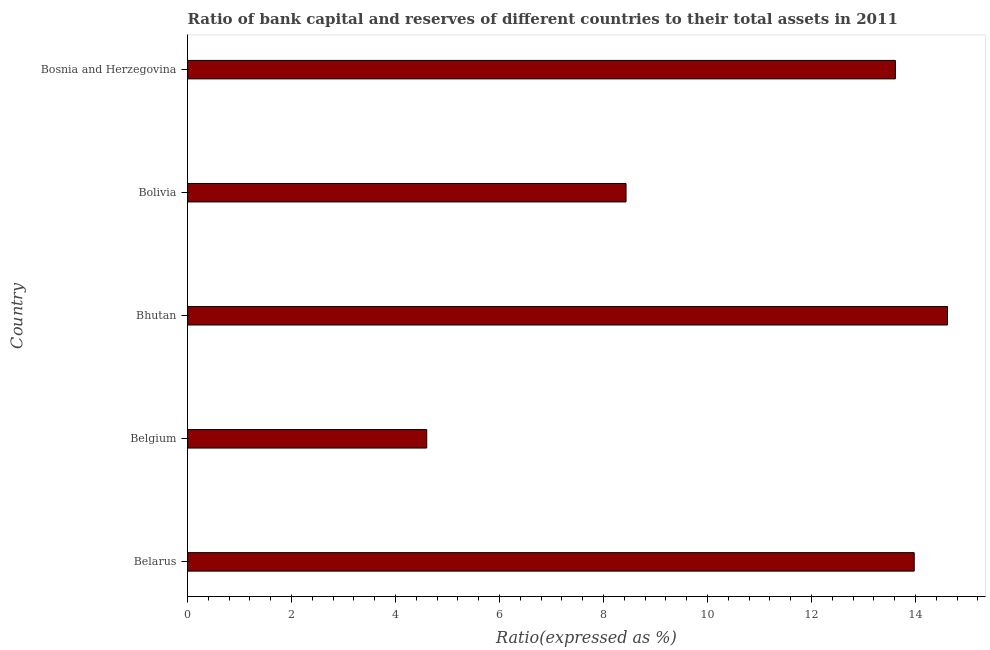
| Country | Bank capital to assets ratio |
 | --- | --- |
 | Belarus | 14 |
 | Belgium | 4.6 |
 | Bhutan | 14.6 |
 | Bolivia | 8.43 |
 | Bosnia and Herzegovina | 13.6 |